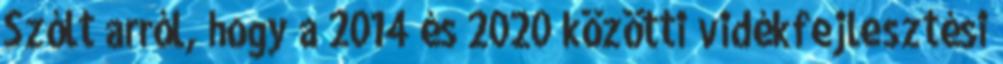
Szólt arról, hogy a 2014 és 2020 közötti vidékfejlesztési